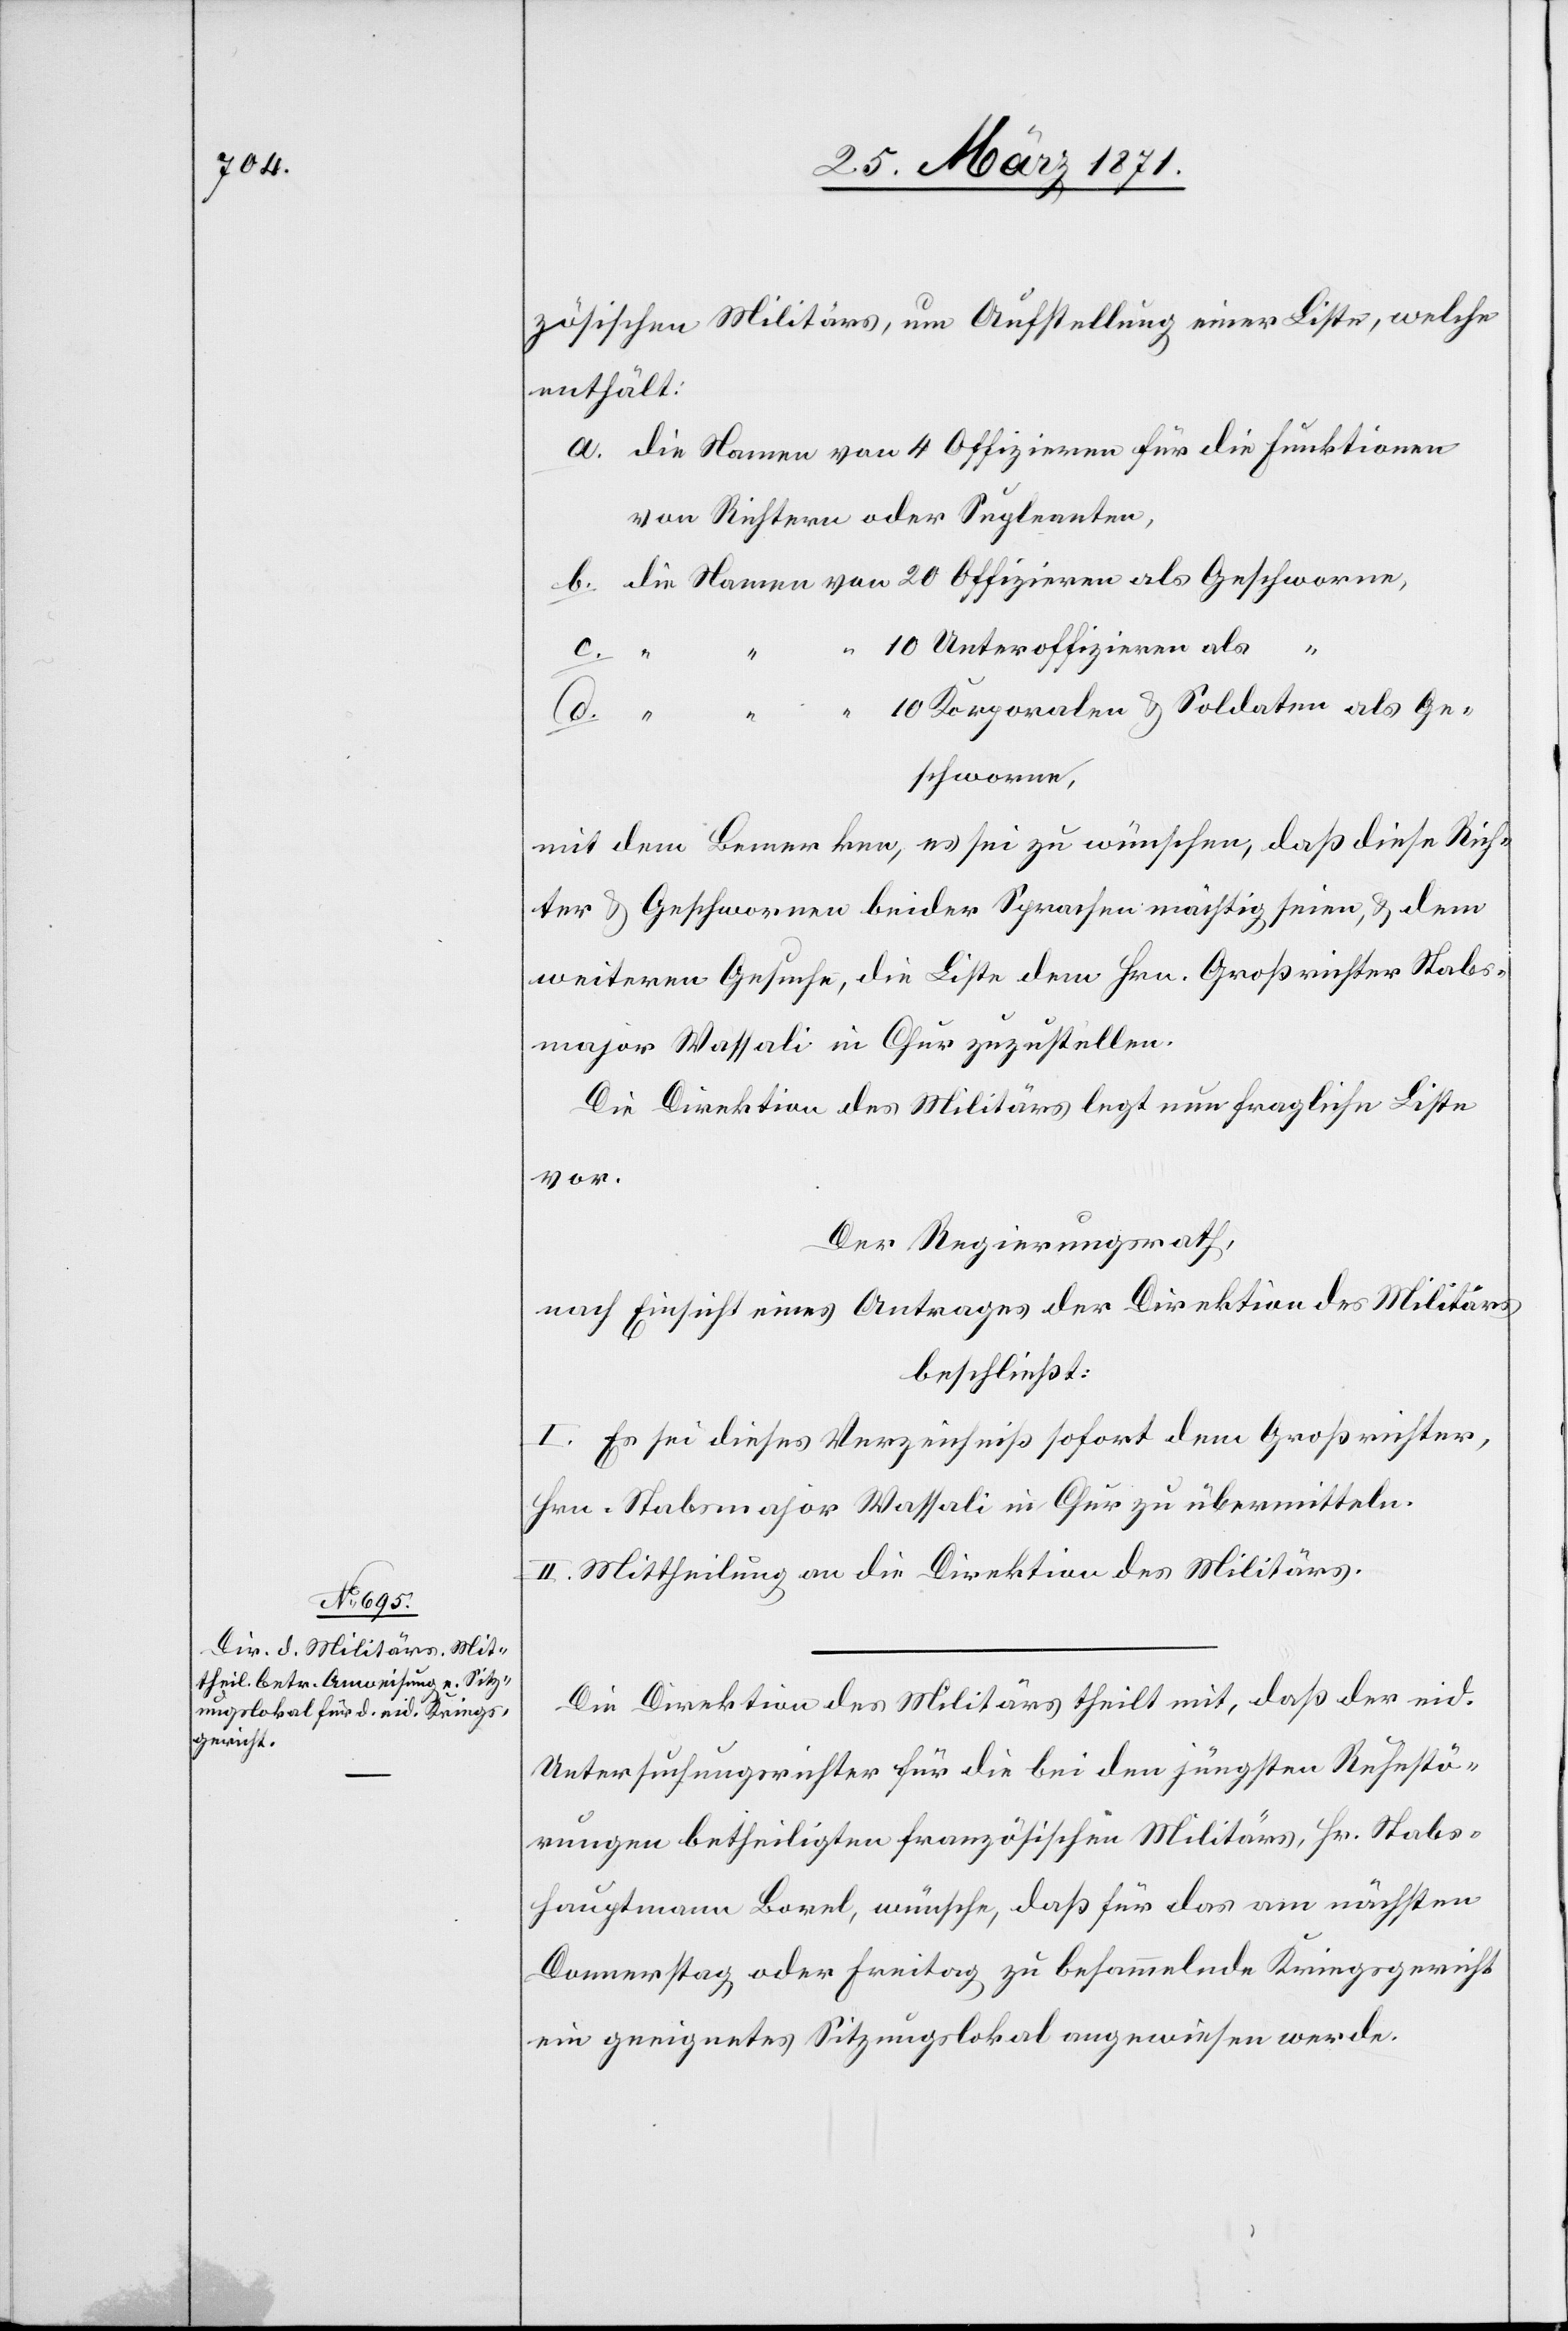
28. März 1871.]
zösischen Militärs, um Aufstellung einer Liste, welche
enthält:
die Namen von 4 Offizieren für die Funktionen
von Richtern oder Supleanten,
die Namen von 20 Offizieren als Geschworne,
10 Unteroffizieren als
“
“
10 Korporalen u. Soldaten als Ge¬
b.
schworne,
mit dem Bemerken, es sei zu wünschen, daß diese Rich¬
ter u. Geschwornen beider Sprachen mächtig seien, u. dem
weiteren Gesuche, die Liste dem Hrn. Großrichter Stabs¬
major Wassali in Chur zuzustellen.
Die Direktion des Militärs legt nun fragliche Liste
vor.
Der Regierungsrath,
nach Einsicht eines Antrages der Direktion des Militärs
beschließt:
I. Es sei dieses Verzeichniß sofort dem Großrichter,
Hrn. Stabsmajor Wassali in Chur zu übermitteln.
II. Mittheilung an die Direktion des Militärs.
Die Direktion des Militärs theilt mit, daß der eid.
Untersuchungsrichter für die bei den jüngsten Ruhestö¬
rungen betheiligten französischen Militärs, Hr. Stabs¬
hauptmann Borel, wünsche, daß für das am nächsten
Donnerstag oder Freitag zu besammelnde Kriegsgericht
ein geeignetes Sitzungslokal angewiesen werde.